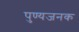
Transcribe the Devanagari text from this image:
पुण्यजनक